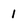
Character: 1